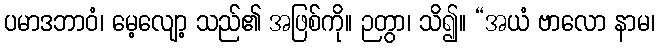
ပမာဒဘာဝံ၊ မေ့လျော့ သည်၏ အဖြစ်ကို။ ဉတွာ၊ သိ၍။ “အယံ ဗာလော နာမ၊